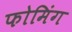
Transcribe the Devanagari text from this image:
फोमिंग